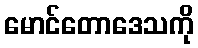
မောင်တောဒေသကို